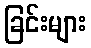
ခြင်းများ